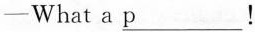
—What a \underline{p}!